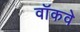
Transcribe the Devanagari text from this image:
वॉकवे